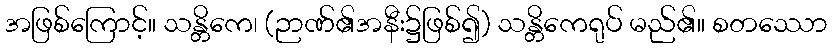
အဖြစ်ကြောင့်။ သန္တိကေ၊ (ဉာဏ်၏အနီး၌ဖြစ်၍) သန္တိကေရုပ် မည်၏။ စတဿော